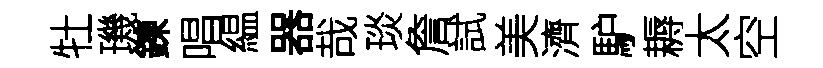
牡璣鍊唱緼器哉琰詹試美濟馿耨太空